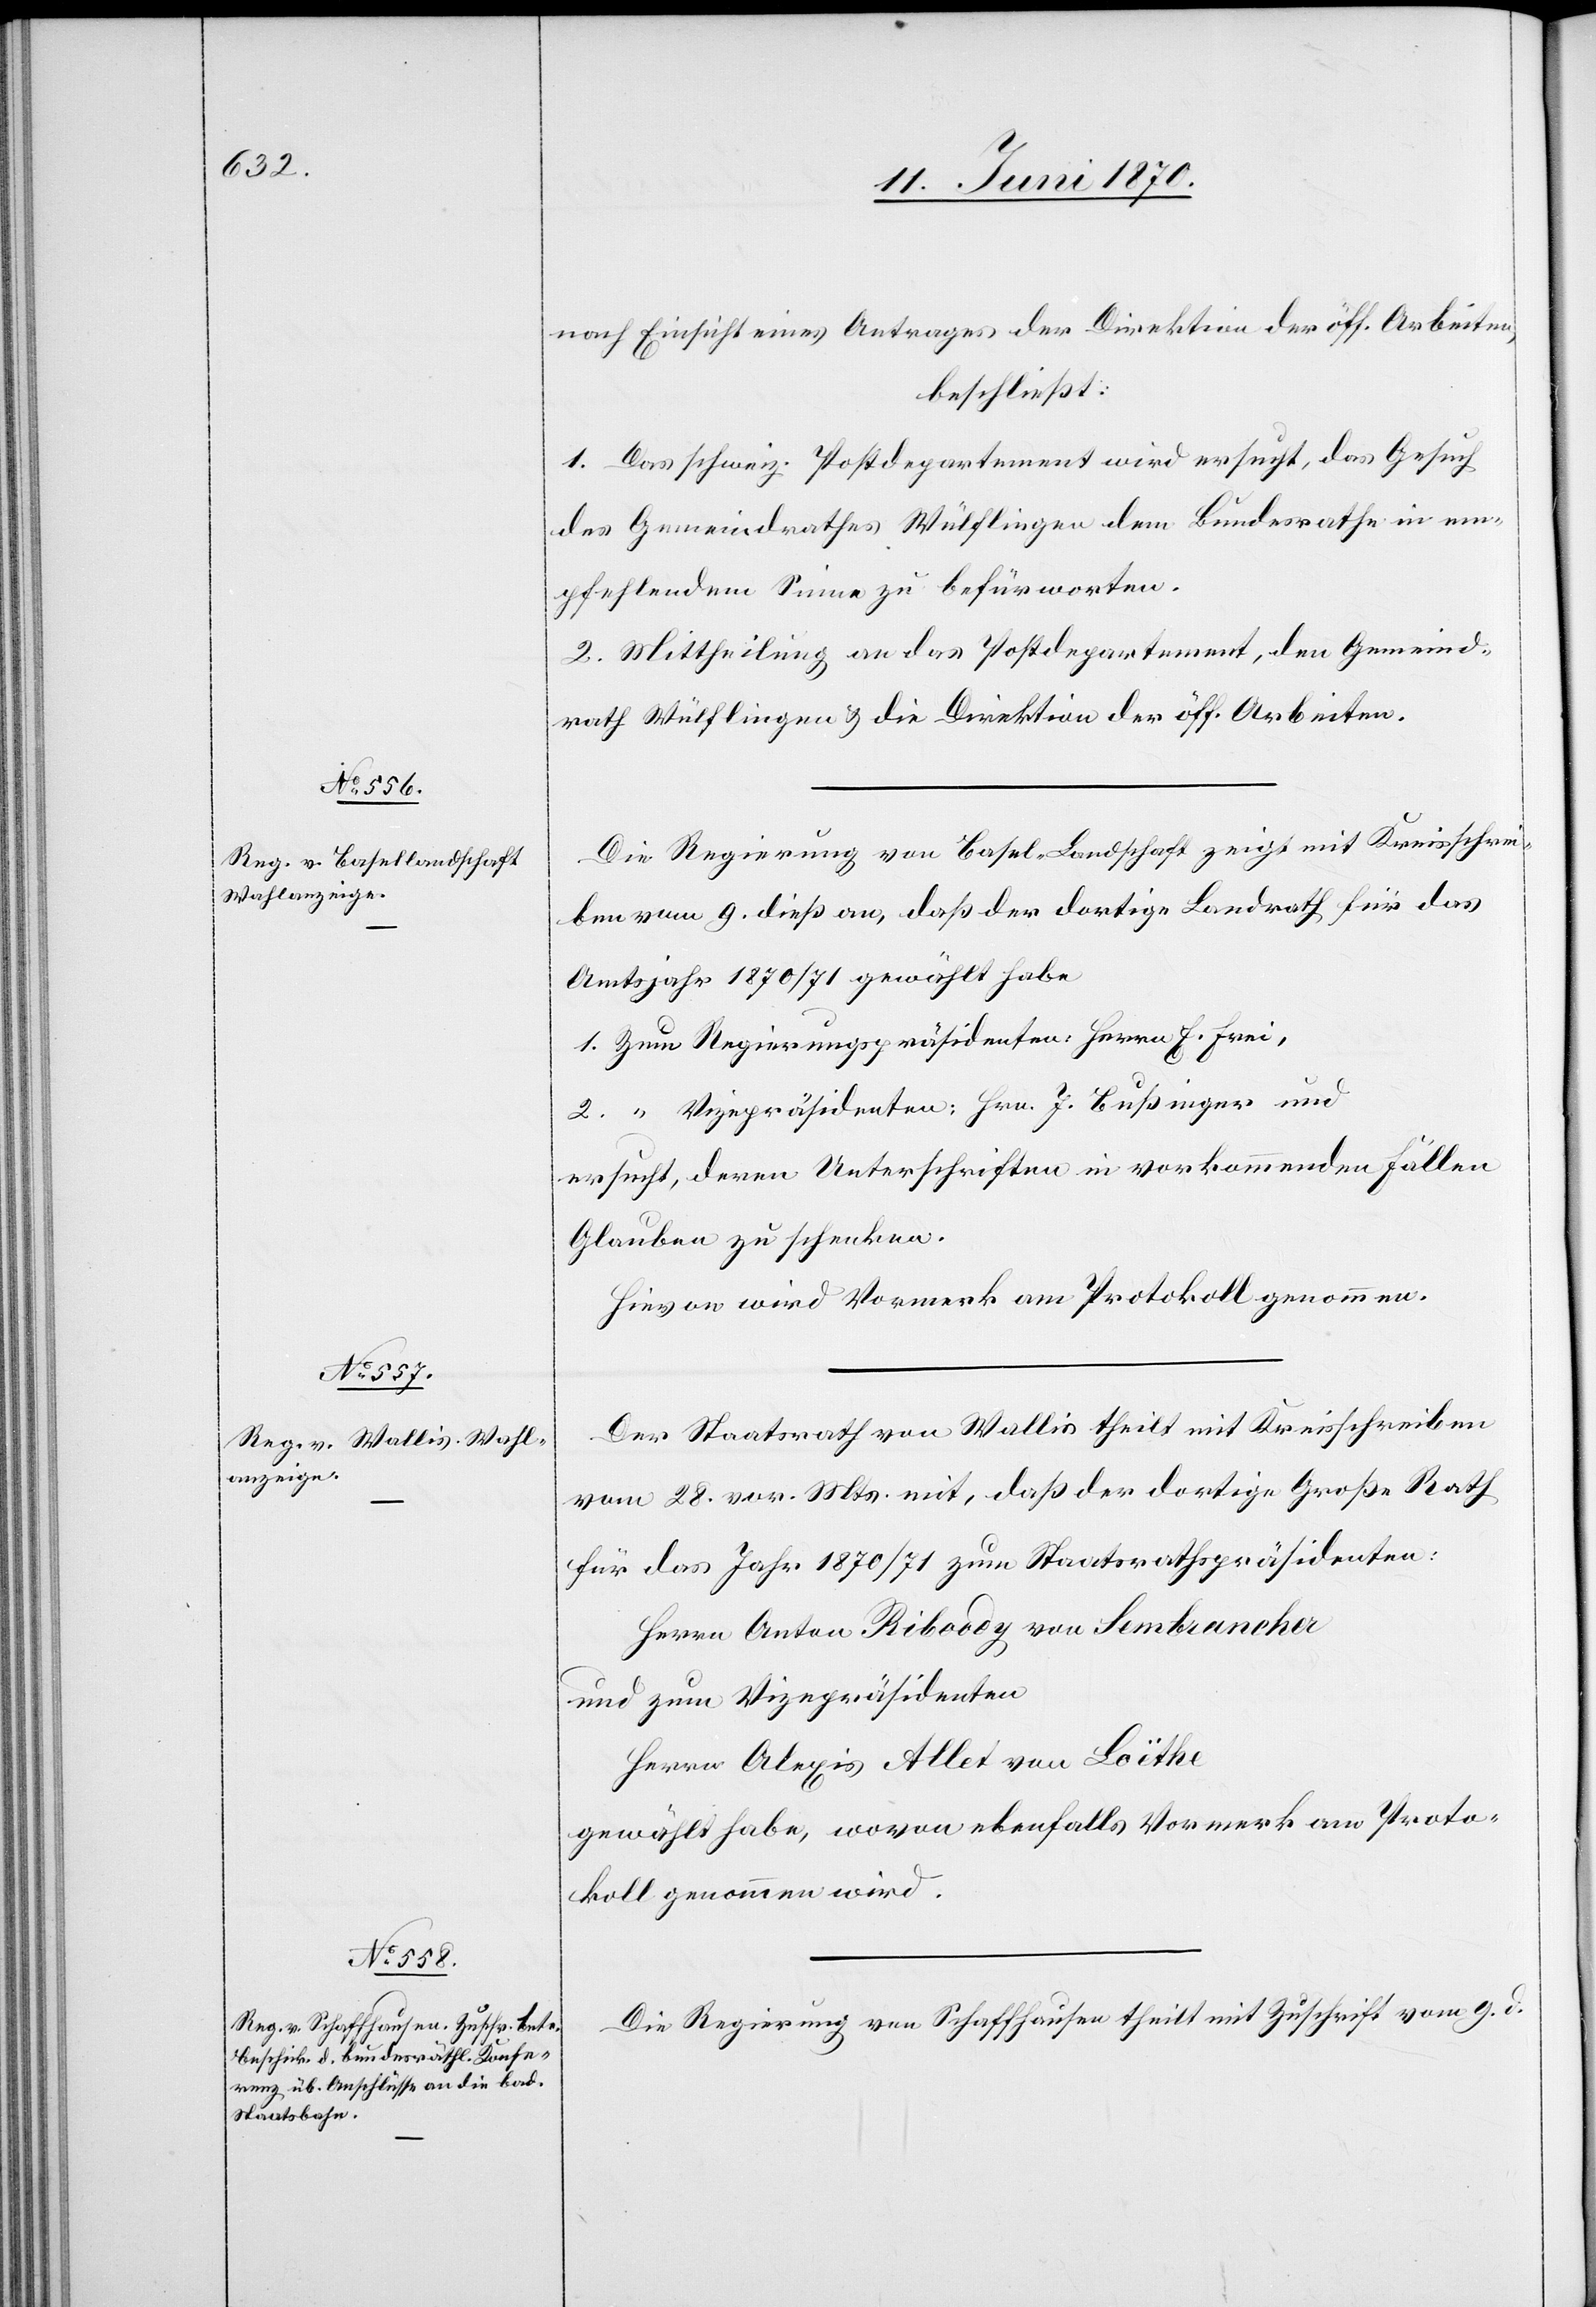
nach Einsicht eines Antrages der Direktion der öff. Arbeiten,
beschließt:
1. Das schweiz. Postdepartement wird ersucht, das Gesuch
es Gemeindrathes Wülflingen dem Bundesrathe in em¬
pfehlendem Sinne zu befürworten.
2. Mittheilung an das Postdepartement, den Gemeind¬
rath Wülflingen & die Direktion der öff. Arbeiten.
Die Regierung von Basel-Landschaft zeigt mit Kreisschrei¬
ben vom 9. dieß an, daß der dortige Landrath für das
Amtsjahr 1870/71 gewählt habe
1. Zum Regierungspräsidenten: Herrn F. Frei,
2. “ Vizepräsidenten: Hrn. Jb. Bußinger und
ersucht, deren Unterschriften in vorkommenden Fällen
Glauben zu schenken.
Hievon wird Vormerk am Protokoll genommen.
Der Staatsrath von Wallis theilt mit Kreisschreiben
vom 28. vor. Mts. mit, daß der dortige Große Rath
für das Jahr 1870/71 zum Staatsrathspräsidenten:
Herrn Anton Rieboody [sic!] von Sembrancher
und zum Vizepräsidenten
Herrn Alexis Allet von Loïthe
gewählt habe, wovon ebenfalls Vormerk am Proto¬
koll genommen wird.
Die Regierung von Schaffhausen theilt mit Zuschrift vom 9. d.